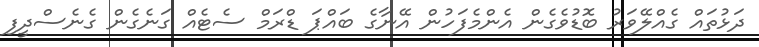
ދަޅުތައް ގެއްލޭވަރު ބޮޑުވެގެން އެންމެފަހުން އޭނާގެ ބައްޕަ ޑްރަމް ސެޓެއް ގަނެގެން ގެނެސްދީފި